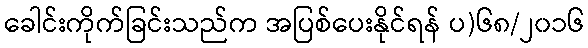
ခေါင်းကိုက်ခြင်းသည်က အပြစ်ပေးနိုင်ရန် ပ)၆၈/၂၀၁၆